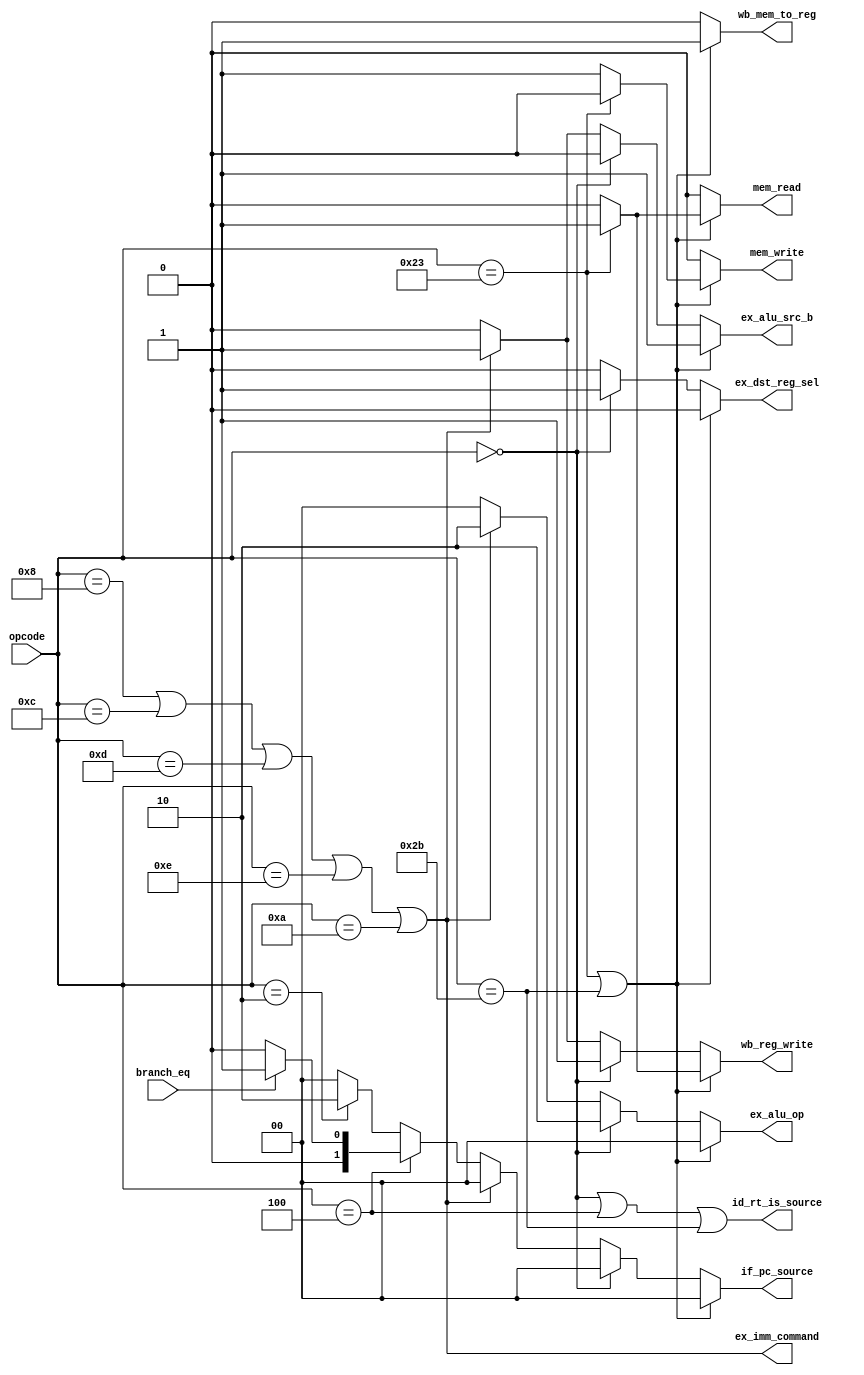
module control_15( input [5:0]      opcode,
                input            branch_eq,       
                output reg [1:0] if_pc_source,
                output           id_rt_is_source, 
                output           ex_imm_command,
                output reg       ex_alu_src_b,
                output reg       ex_dst_reg_sel,
                output reg [1:0] ex_alu_op,
                output reg       mem_read,
                output reg       mem_write,
                output reg       wb_mem_to_reg,
                output reg       wb_reg_write );
     localparam     LW    = 6'b100011, 
                    SW    = 6'b101011, 
                    BEQ   = 6'b000100, 
                    RTYPE = 6'b0, 
                    J     = 6'd2,
                    JAL   = 6'd3,			
                    ADDI  = 6'b001000, 
                    ANDI  = 6'b001100, 
                    ORI   = 6'b001101, 
                    XORI  = 6'b001110, 
                    SLTI  = 6'b001010;  
     reg memory_op;
     reg r_type_op;
     reg immediate_op;
     reg branch_op;
     reg jump_op;
     assign ex_imm_command = immediate_op;
     assign id_rt_is_source = (r_type_op | branch_op | opcode == SW);
     always @* begin
          if_pc_source   = 0;
          ex_alu_src_b   = 0;
          ex_dst_reg_sel = 0;
          ex_alu_op      = 0;
          mem_read       = 0;
          mem_write      = 0;
          wb_mem_to_reg  = 0;
          wb_reg_write   = 0;
          memory_op    = ( (opcode == LW) | (opcode == SW) );
          r_type_op    = ( opcode == RTYPE );
          branch_op    = ( opcode == BEQ );
          immediate_op = ( (opcode == ADDI) | (opcode == ANDI) | (opcode == ORI) | (opcode == XORI) | (opcode == SLTI) );
          jump_op      = ( opcode == J);
          if (memory_op) begin
               ex_alu_src_b   = 1'b1;  
               ex_dst_reg_sel = 1'b0;  
               ex_alu_op      = 2'b00; 
               wb_mem_to_reg  = 1'b1;  
               if ( opcode == LW ) begin
                    mem_read = 1'b1;
                    wb_reg_write = 1'b1;              
               end
               else 
                    mem_write = 1'b1;       
          end
          else if (r_type_op) begin
               ex_alu_src_b = 1'b0;    
               ex_dst_reg_sel = 1'b1;  
               ex_alu_op = 2'b10;      
               wb_mem_to_reg = 1'b0;   
               wb_reg_write  = 1'b1;   
          end
          else if (immediate_op) begin
               ex_alu_src_b = 1'b1;    
               ex_dst_reg_sel = 1'b0;  
               ex_alu_op = 2'b10;      
               wb_mem_to_reg = 1'b0;   
               wb_reg_write = 1'b1;           
          end
          else if (branch_op) begin
               if (branch_eq) 
                    if_pc_source = 2'b01; 
               else 
                    if_pc_source = 2'b00;
          end
          else if (jump_op)
               if_pc_source = 2'b10;  
          else begin
          end
     end
endmodule